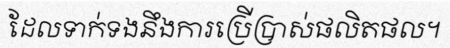
ដែលទាក់ទងនឹងការប្រើប្រាស់ផលិតផល។